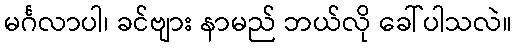
မင်္ဂလာပါ၊ ခင်ဗျား နာမည် ဘယ်လို ခေါ်ပါသလဲ။